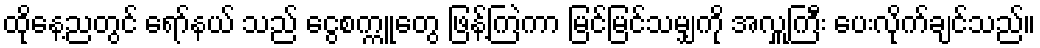
ထိုနေ့ညတွင် ရော်နယ် သည် ငွေစက္ကူတွေ ဖြန့်ကြဲကာ မြင်မြင်သမျှကို အလှူကြီး ပေးလိုက်ချင်သည်။